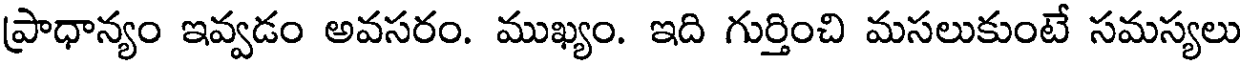
ప్రాధాన్యం ఇవ్వడం అవసరం. ముఖ్యం. ఇది గుర్తించి మసలుకుంటే సమస్యలు